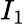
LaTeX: I_{1}